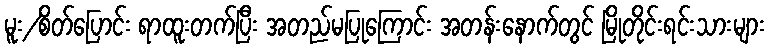
မူး/စိတ်ပြောင်း ရာထူးတက်ပြီး အတည်မပြုကြောင်း အတန်းနောက်တွင် မြိုတိုင်းရင်းသားများ